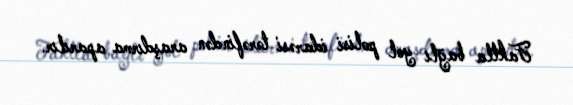
Faktla bağlı yol polisi idarəsi tərəfindən araşdırma aparılır.